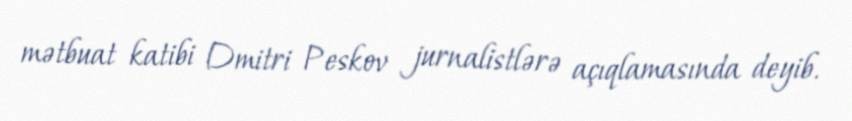
mətbuat katibi Dmitri Peskov jurnalistlərə açıqlamasında deyib.